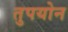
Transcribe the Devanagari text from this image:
तुपयोन